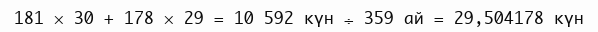
181 × 30 + 178 × 29 = 10 592 күн ÷ 359 ай = 29,504178 күн